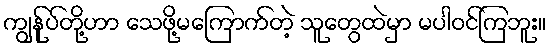
ကျွန်ုပ်တို့ဟာ သေဖို့မကြောက်တဲ့ သူတွေထဲမှာ မပါဝင်ကြဘူး။